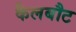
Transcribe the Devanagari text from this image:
कैलबौट